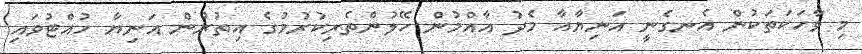
މި ވާހަކަތަކުން އެނގެނީ އަނިޔާއާ މެދު އާއްމުން ހޭލުންތެރިކުރުމުގެ އިތުރުން އަނިޔާ ހުއްޓުވައި